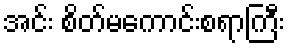
အင်း စိတ်မကောင်းစရာကြီး